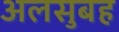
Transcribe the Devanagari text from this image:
अलसुबह